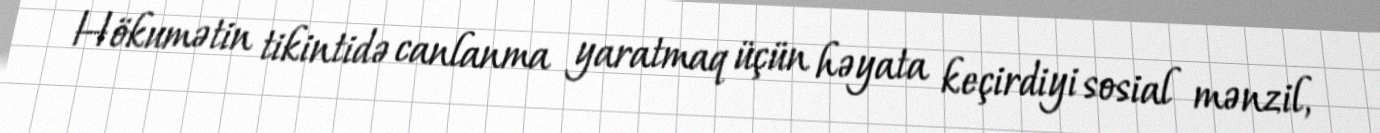
Hökumətin tikintidə canlanma yaratmaq üçün həyata keçirdiyi sosial mənzil,